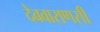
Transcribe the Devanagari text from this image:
देववाराणसी